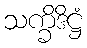
သက္ခိဒိဋ္ဌံ